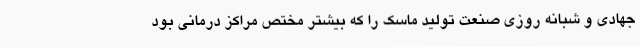
جهادی و شبانه روزی صنعت تولید ماسک را که بیشتر مختص مراکز درمانی بود